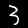
Digit: 3